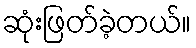
ဆုံးဖြတ်ခဲ့တယ်။